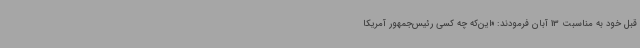
قبل خود به مناسبت 13 آبان فرمودند: «این‌که چه کسی رئیس‌جمهور آمریکا